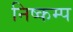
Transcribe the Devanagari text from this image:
निष्कम्प